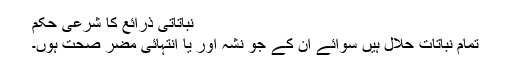
نباتاتی ذرائع کا شرعی حکم
تمام نباتات حلال ہیں سوائے ان کے جو نشہ آور یا انتہائی مضر صحت ہوں۔